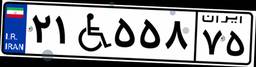
۲۱W۵۵۸۷۵